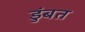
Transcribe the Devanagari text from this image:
डुंबत